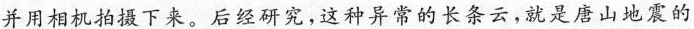
并用相机拍摄下来。后经研究，这种异常的长条云，就是唐山地震的